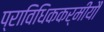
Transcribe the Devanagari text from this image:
प्राविधिककर्मीयौं